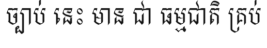
ច្បាប់ នេះ មាន ជា ធម្មជាតិ គ្រប់